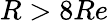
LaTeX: R>8Re